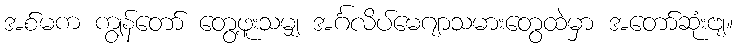
အစ်မက ကျွန်တော် တွေ့ဖူးသမျှ အင်္ဂလိပ်မေဂျာသမားတွေထဲမှာ အတော်ဆုံးဗျ။